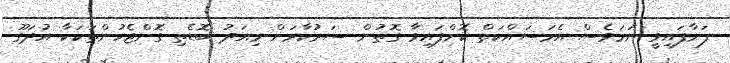
ފަށާފައިވީ ނަމަވެސް އެމަސައްކަތް ކޮށްފައިވާ ގޮތުން ސަރުކާރަށް މިއަދު ބޮޑެތި ގޮންޖެހުންތަކަކާ އުދަގޫ